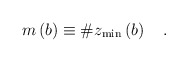
\begin{align*}m\left( b\right) \equiv \#z_{\min }\left( b\right) \quad .\end{align*}